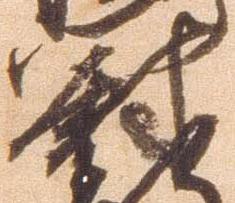
尉